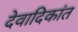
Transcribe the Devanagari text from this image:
देवादिकांत